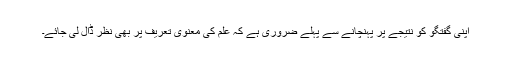
اپنی گفتگو کو نتیجے پر پہنچانے سے پہلے ضروری ہے کہ علم کی معنوی تعریف پر بھی نظر ڈال لی جائے۔